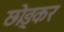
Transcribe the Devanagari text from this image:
छोङ्कर